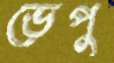
ভেপু